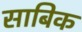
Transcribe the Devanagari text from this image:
साबिक